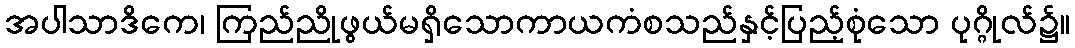
အပါသာဒိကေ၊ ကြည်ညိုဖွယ်မရှိသောကာယကံစသည်နှင့်ပြည့်စုံသော ပုဂ္ဂိုလ်၌။